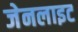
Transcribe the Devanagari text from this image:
जेनलाइट